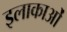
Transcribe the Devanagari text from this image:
इलाकाओं